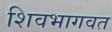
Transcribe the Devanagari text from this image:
शिवभागवत